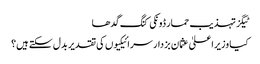
ٹیگزتہذیب حمار ڈونکی کنگ گدھا
کیا وزیراعلیٰ عثمان بزدار سرائیکیوں کی تقدیر بدل سکتے ہیں؟